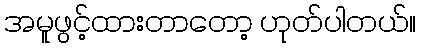
အမူဖွင့်ထားတာတော့ ဟုတ်ပါတယ်။